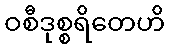
ဝစီဒုစ္စရိတေဟိ